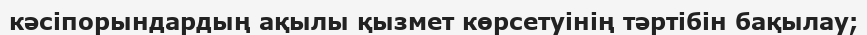
кәсіпорындардың ақылы қызмет көрсетуінің тәртібін бақылау;